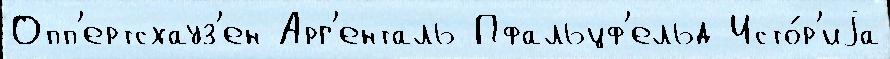
Опп'ертсхауз'ен Арг'енталь Пфальцф'ельд Исто́р'иjа